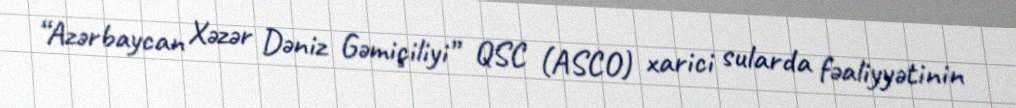
“Azərbaycan Xəzər Dəniz Gəmiçiliyi” QSC (ASCO) xarici sularda fəaliyyətinin